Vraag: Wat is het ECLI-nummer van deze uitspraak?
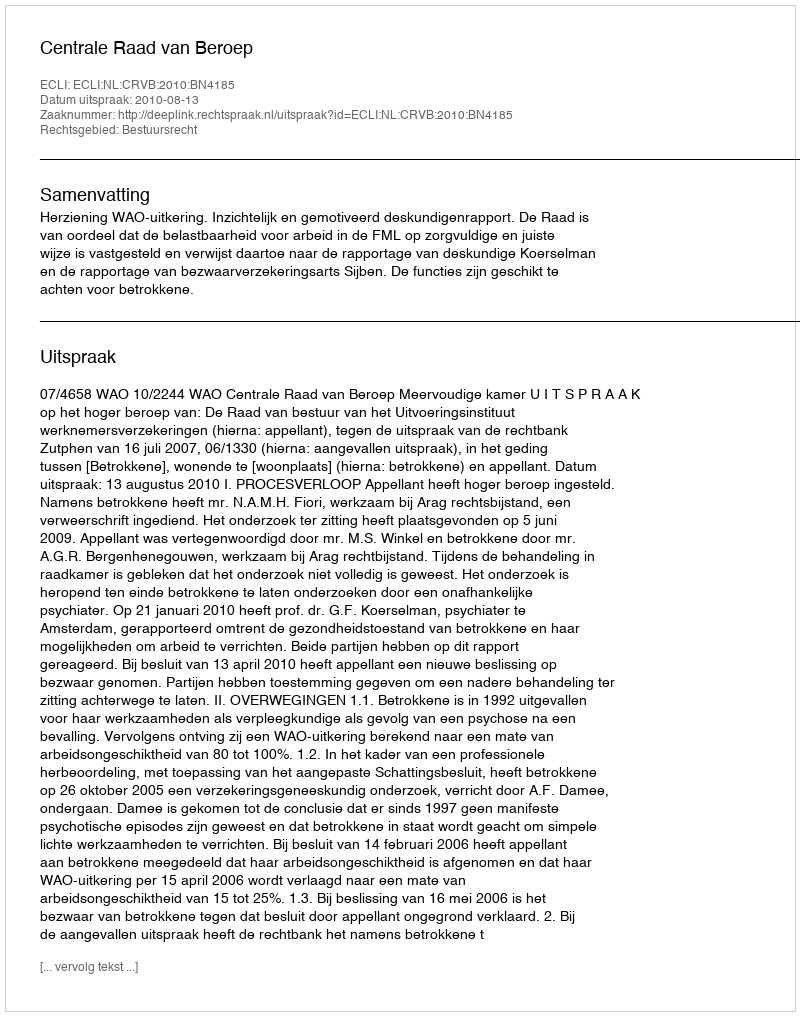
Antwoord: ECLI:NL:CRVB:2010:BN4185